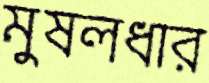
মুষলধার